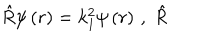
LaTeX: \hat { R } \psi \left( r \right) = k _ { 1 } ^ { 2 } \psi \left( r \right) \, , \; \hat { R }